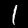
Digit: 1